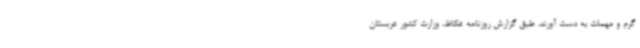
گرم و مهمات به دست آورند. طبق گزارش روزنامه عکاظ، وزارت کشور عربستان